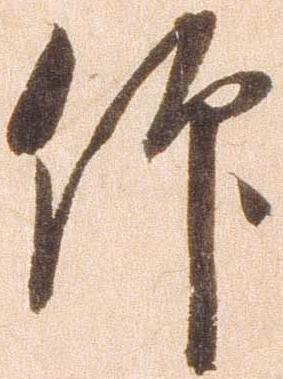
仰